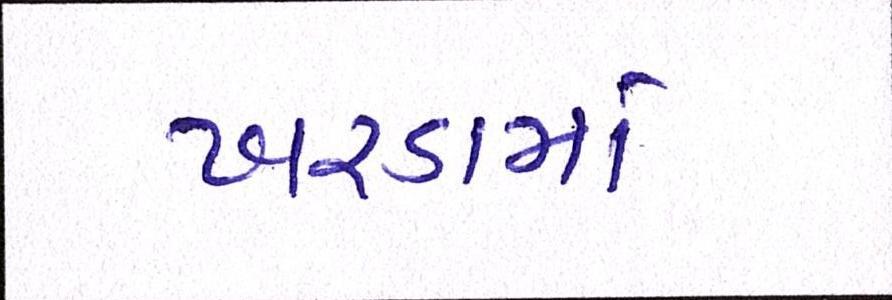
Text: ખરડામાં